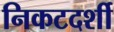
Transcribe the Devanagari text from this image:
निकटदर्शी